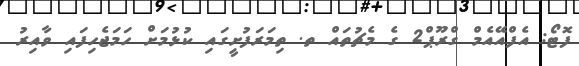
ފޮޓޯ: އެފްއޭއެމް ގްރޫޕް2 ގެ މެޗުތައް ތ. ތިމަރަފުށީގައި ކުޅުމަށް ހަމަޖެހިފައި ވާއިރު